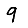
Digit: 9